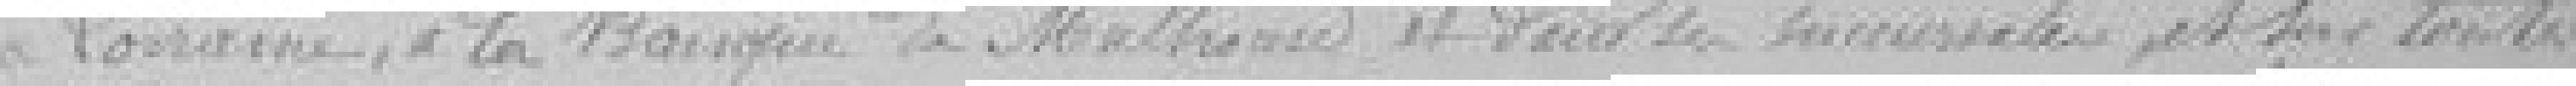
Lorraine, à la Banque de Mulhouse et dans les succursales et dans toutes